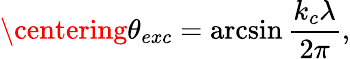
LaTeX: \centering\theta_{exc}=\arcsin{\frac{k_{c}\lambda}{2\pi}},